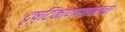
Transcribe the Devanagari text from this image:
दृष्टिकोणाबाबतचा